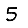
Digit: 5